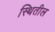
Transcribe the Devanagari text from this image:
स्थितील